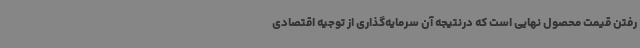
رفتن قیمت محصول نهایی است که درنتیجه آن سرمایه‌گذاری از توجیه اقتصادی